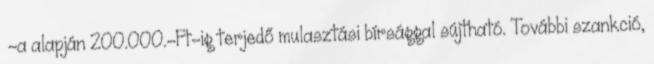
§-a alapján 200.000.-Ft-ig terjedő mulasztási bírsággal sújtható. További szankció,